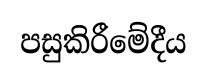
පසුකිරීමේදීය